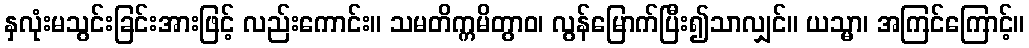
နှလုံးမသွင်းခြင်းအားဖြင့် လည်းကောင်း။ သမတိက္ကမိတွာဝ၊ လွန်မြောက်ပြီး၍သာလျှင်။ ယသ္မာ၊ အကြင်ကြောင့်။